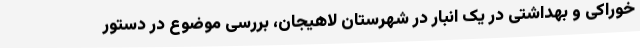
خوراکی و بهداشتی در یک انبار در شهرستان لاهیجان، بررسی موضوع در دستور